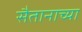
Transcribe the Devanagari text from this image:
सैतानाच्या